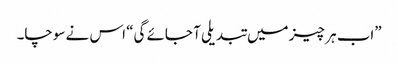
”اب ہر چیز میں تبدیلی آ جائے گی“ اس نے سوچا۔